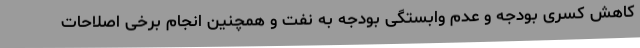
کاهش کسری بودجه و عدم وابستگی بودجه به نفت و همچنین انجام برخی اصلاحات